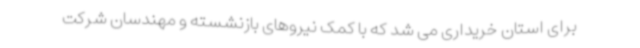
برای استان خریداری می شد که با کمک نیروهای بازنشسته و مهندسان شرکت